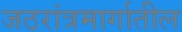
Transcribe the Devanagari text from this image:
जठरांत्रमार्गातील